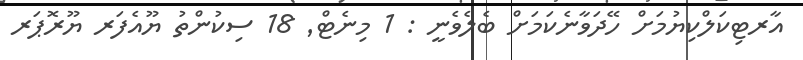
އާރޓިކަލްކިޔުމަށް ހޭދަވާނެކަމަށް ބެލެވެނީ : 1 މިނެޓް